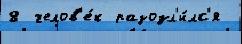
8 челов'е́к разозл'и́лс'я